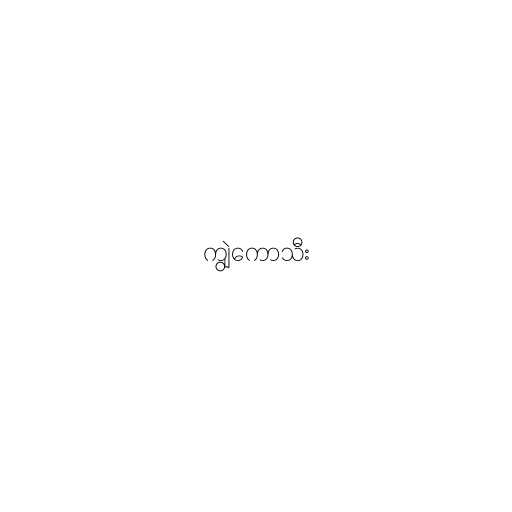
ကျွဲကောသီး